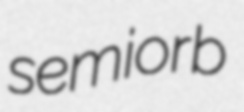
semiorb